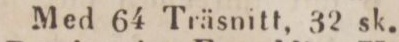
Med 64 Träsnitt, 32 sk.